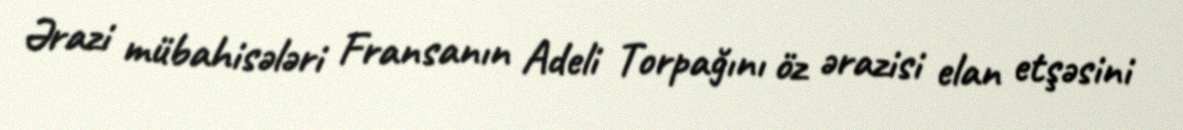
Ərazi mübahisələri Fransanın Adeli Torpağını öz ərazisi elan etşəsini